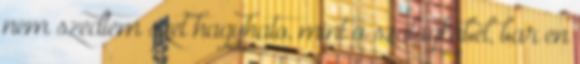
nem szedtem szet hagyhato, mint a szalagkabel, bar en